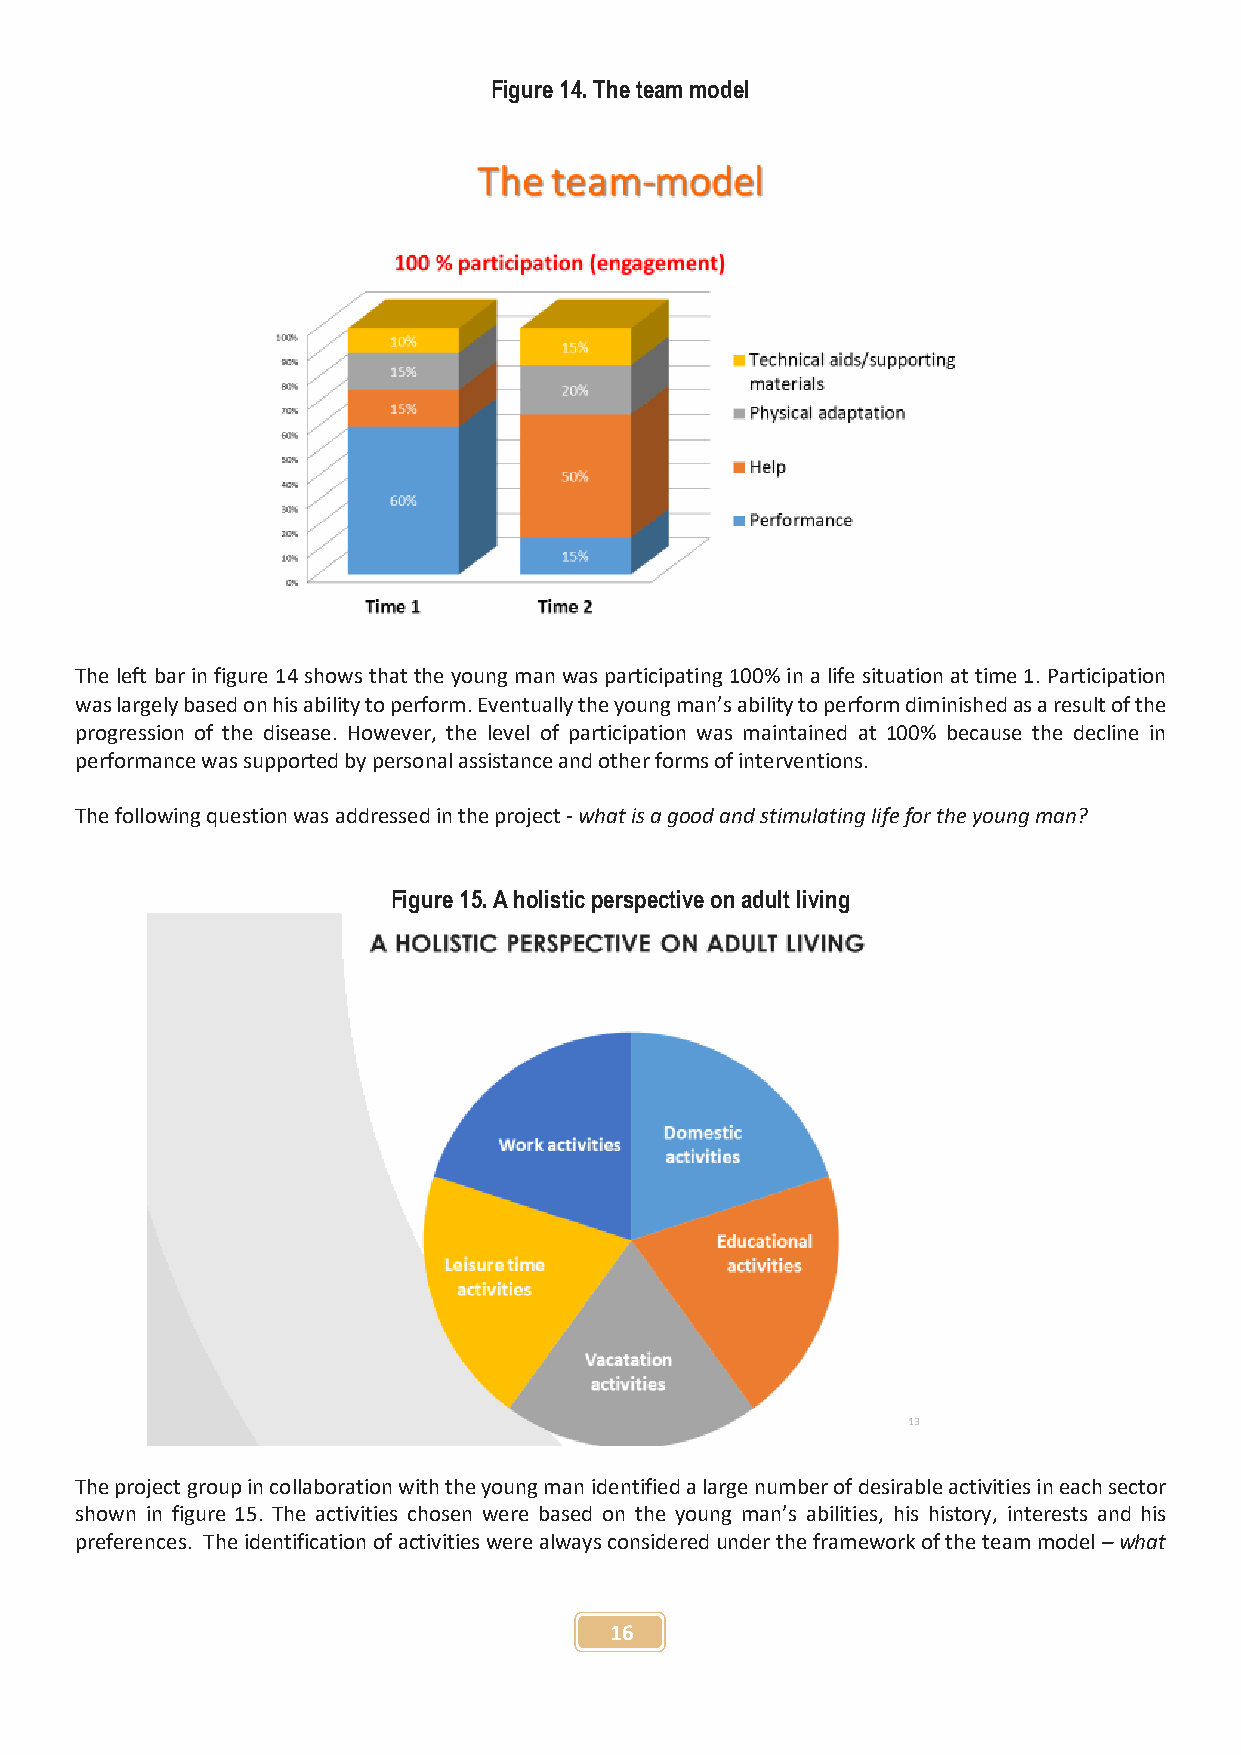
Figure 14. The team model
 The left bar in figure 14 shows that the young man was participating 100% in a life situation at time 1. Participation
 was largely based on his ability to perform. Eventually the young man’s ability to perform diminished as a result of the
 progression of the disease. However, the level of participation was maintained at 100% because the decline in
 performance was supported by personal assistance and other forms of interventions.
 The following question was addressed in the project - what is a good and stimulating life for the young man?
 Figure 15. A holistic perspective on adult living
 The project group in collaboration with the young man identified a large number of desirable activities in each sector
 shown in figure 15. The activities chosen were based on the young man’s abilities, his history, interests and his
 preferences. The identification of activities were always considered under the framework of the team model – what
 16